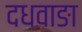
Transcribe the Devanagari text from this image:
दधवाङा